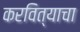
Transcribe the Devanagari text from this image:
करवित्याचा